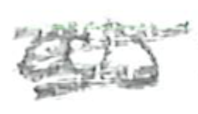
Text: as
Cross-out: scratch
Writing tool: pencil